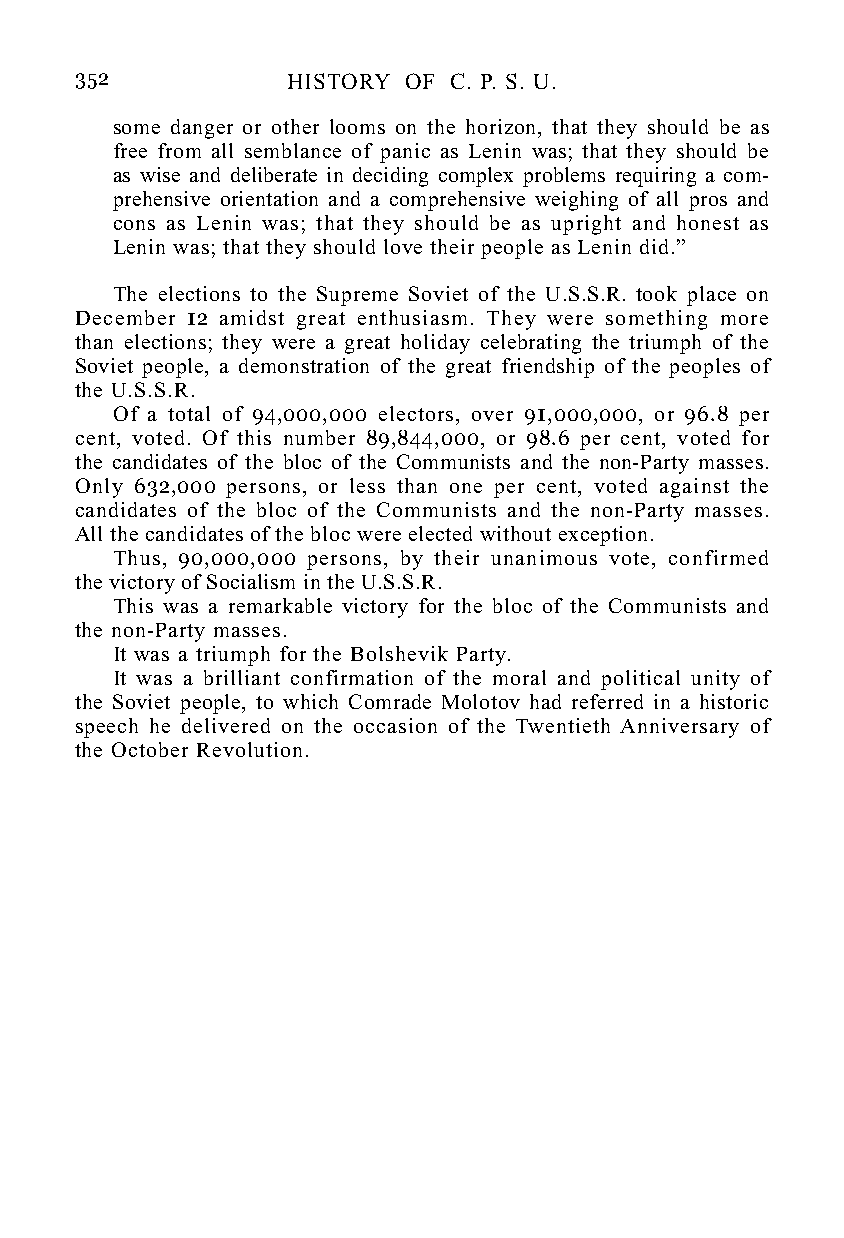
352           HISTORY OF C. P. S. U.
 some danger or other looms on the horizon, that they should be as
 free from all semblance of panic as Lenin was; that they should be
 as wise and deliberate in deciding complex problems requiring a com-
 prehensive orientation and a comprehensive weighing of all pros and
 cons as Lenin was; that they should be as upright and honest as
 Lenin was; that they should love their people as Lenin did.”
 The elections to the Supreme Soviet of the U.S.S.R. took place on
 December 12 amidst great enthusiasm. They were something more
 than elections; they were a great holiday celebrating the triumph of the
 Soviet people, a demonstration of the great friendship of the peoples of
 the U.S.S.R.
 Of a total of 94,000,000 electors, over 91,000,000, or 96.8 per
 cent, voted. Of this number 89,844,000, or 98.6 per cent, voted for
 the candidates of the bloc of the Communists and the non-Party masses.
 Only 632,000 persons, or less than one per cent, voted against the
 candidates of the bloc of the Communists and the non-Party masses.
 All the candidates of the bloc were elected without exception.
 Thus, 90,000,000 persons, by their unanimous vote, confirmed
 the victory of Socialism in the U.S.S.R.
 This was a remarkable victory for the bloc of the Communists and
 the non-Party masses.
 It was a triumph for the Bolshevik Party.
 It was a brilliant confirmation of the moral and political unity of
 the Soviet people, to which Comrade Molotov had referred in a historic
 speech he delivered on the occasion of the Twentieth Anniversary of
 the October Revolution.